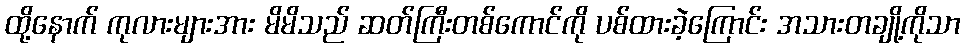
ထို့နောက် ကုလားများအား မိမိသည် ဆတ်ကြီးတစ်ကောင်ကို ပစ်ထားခဲ့ကြောင်း အသားတချို့ကိုသာ